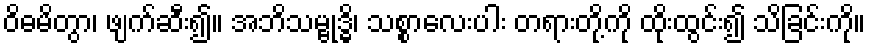
ဝိဓမိတွာ၊ ဖျက်ဆီး၍။ အဘိသမ္ဗုဒ္ဓိ၊ သစ္စာလေးပါး တရားတို့ကို ထိုးထွင်း၍ သိခြင်းကို။